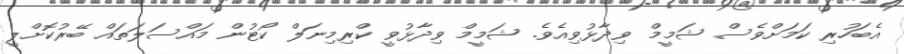
އެބަހުރި ކަމަށްވެސް ޝަމީމް ވިދާޅުވިއެވެ. ޝަމީމް ވިދާޅުވީ ކްރިމިނަލް ކޯޓުން މައްސަލަތައް ބޭރުކޮށްލީ